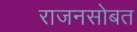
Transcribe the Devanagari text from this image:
राजनसोबत